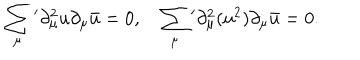
LaTeX: \sum _ { \mu } { } ^ { \prime } \partial _ { \mu } ^ { 2 } u \partial _ { \mu } \bar { u } = 0 , \quad \sum _ { \mu } { } ^ { \prime } \partial _ { \mu } ^ { 2 } ( u ^ { 2 } ) \partial _ { \mu } \bar { u } = 0 .